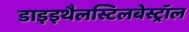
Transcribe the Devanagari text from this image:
डाइइथैलस्टिलबेस्ट्रॉल